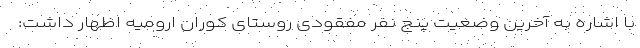
با اشاره به آخرین وضعیت پنج نفر مفقودی روستای کوران ارومیه اظهار داشت: